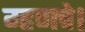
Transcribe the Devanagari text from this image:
म्हणचे।